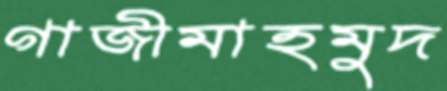
গাজীমাহমুদ